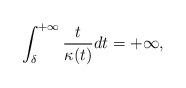
LaTeX: \begin{align*}\int_{\delta}^{+\infty}\frac{t}{\kappa(t)}dt=+\infty,\end{align*}